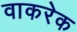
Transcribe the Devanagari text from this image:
वाकरेक